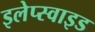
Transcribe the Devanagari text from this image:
इलेप्स्वाइड